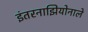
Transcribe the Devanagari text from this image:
इंतरनाझियोनाले